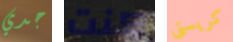
جدي كنت كريستي